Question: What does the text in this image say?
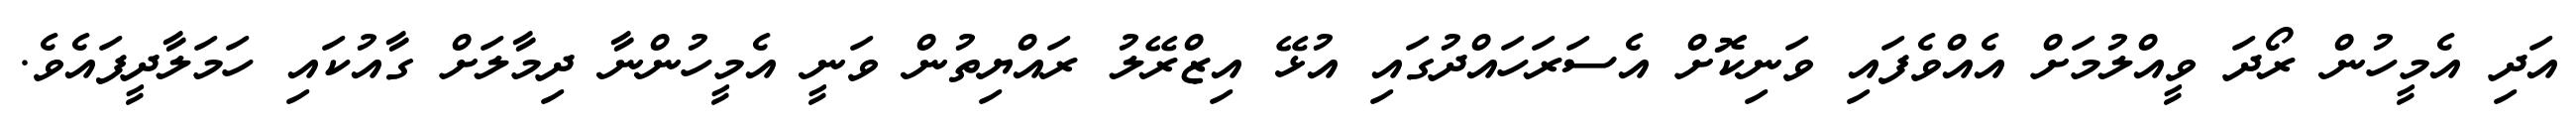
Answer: އަދި އެމީހުން ރޯދަ ވީއްލުމަށް އެއްވެފައި ވަނިކޮށް އެސަރަހައްދުގައި އުޅޭ އިޒްރޭލު ރައްޔިތުން ވަނީ އެމީހުންނާ ދިމާލަށް ގާއުކައި ހަމަލާދީފައެވެ.